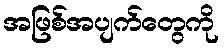
အဖြစ်အပျက်တွေကို